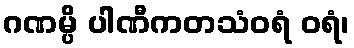
ဂဏမ္ပိ ပါဏီကတသံဝရံ ဝရံ၊